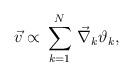
LaTeX: \begin{align*}\vec{v}\propto\,\sum^N_{k=1}\,\vec{\nabla}_k\vartheta_k,\end{align*}